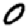
Digit: 0